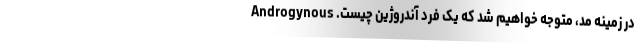
در زمینه مد، متوجه خواهیم شد که یک فرد آندروژین چیست. Androgynous